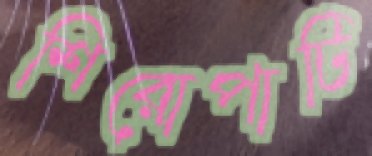
শিরোপাটি